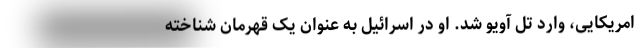
امریکایی، وارد تل آویو شد. او در اسرائیل به عنوان یک قهرمان شناخته